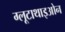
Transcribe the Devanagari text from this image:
ग्लूटाथाइओन